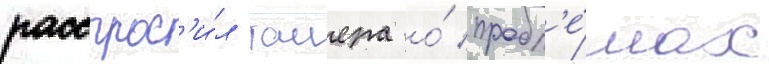
расспрос'и́л таиера о́ пробл'е́мах